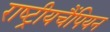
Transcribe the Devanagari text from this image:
राष्ट्रीयचैंपियन